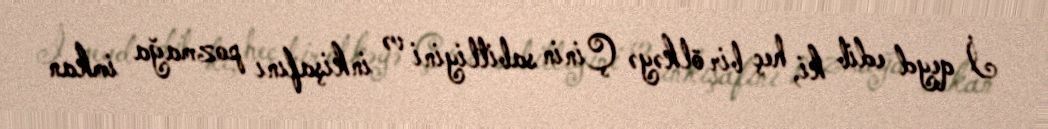
İ qeyd edib ki, heç bir ölkəyə Çinin sabitliyini və inkişafını pozmağa imkan